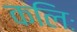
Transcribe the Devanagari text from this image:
कलिः